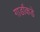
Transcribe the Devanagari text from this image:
गार्डांकडे